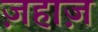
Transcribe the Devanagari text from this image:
ज़हाज़